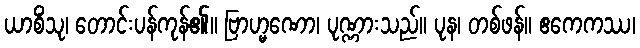
ယာစိံသု၊ တောင်းပန်ကုန်၏။ ဗြာဟ္မဏော၊ ပုဏ္ဏားသည်။ ပုန၊ တစ်ဖန်။ ဧကေကဿ၊